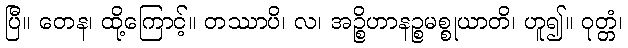
ပြီ။ တေန၊ ထို့ကြောင့်။ တဿာပိ၊ လ၊ အဉ္စိဟာနဉ္စမစ္စုယာတိ၊ ဟူ၍။ ဝုတ္တံ၊